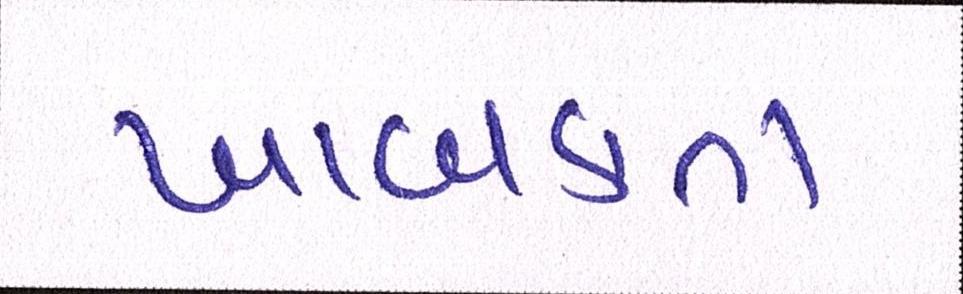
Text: ખાબકતા